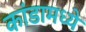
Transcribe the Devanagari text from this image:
कांडामध्ये